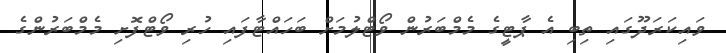
ވައިކަރަދޫގައި ތިބި އެ ޕާޓީގެ މެމްބަރުން ވޯޓްލުމަށް ބަހައްޓާފައި ހުރި ވޯޓްފޮށި މެމްބަރުންގެ